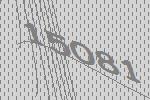
15081